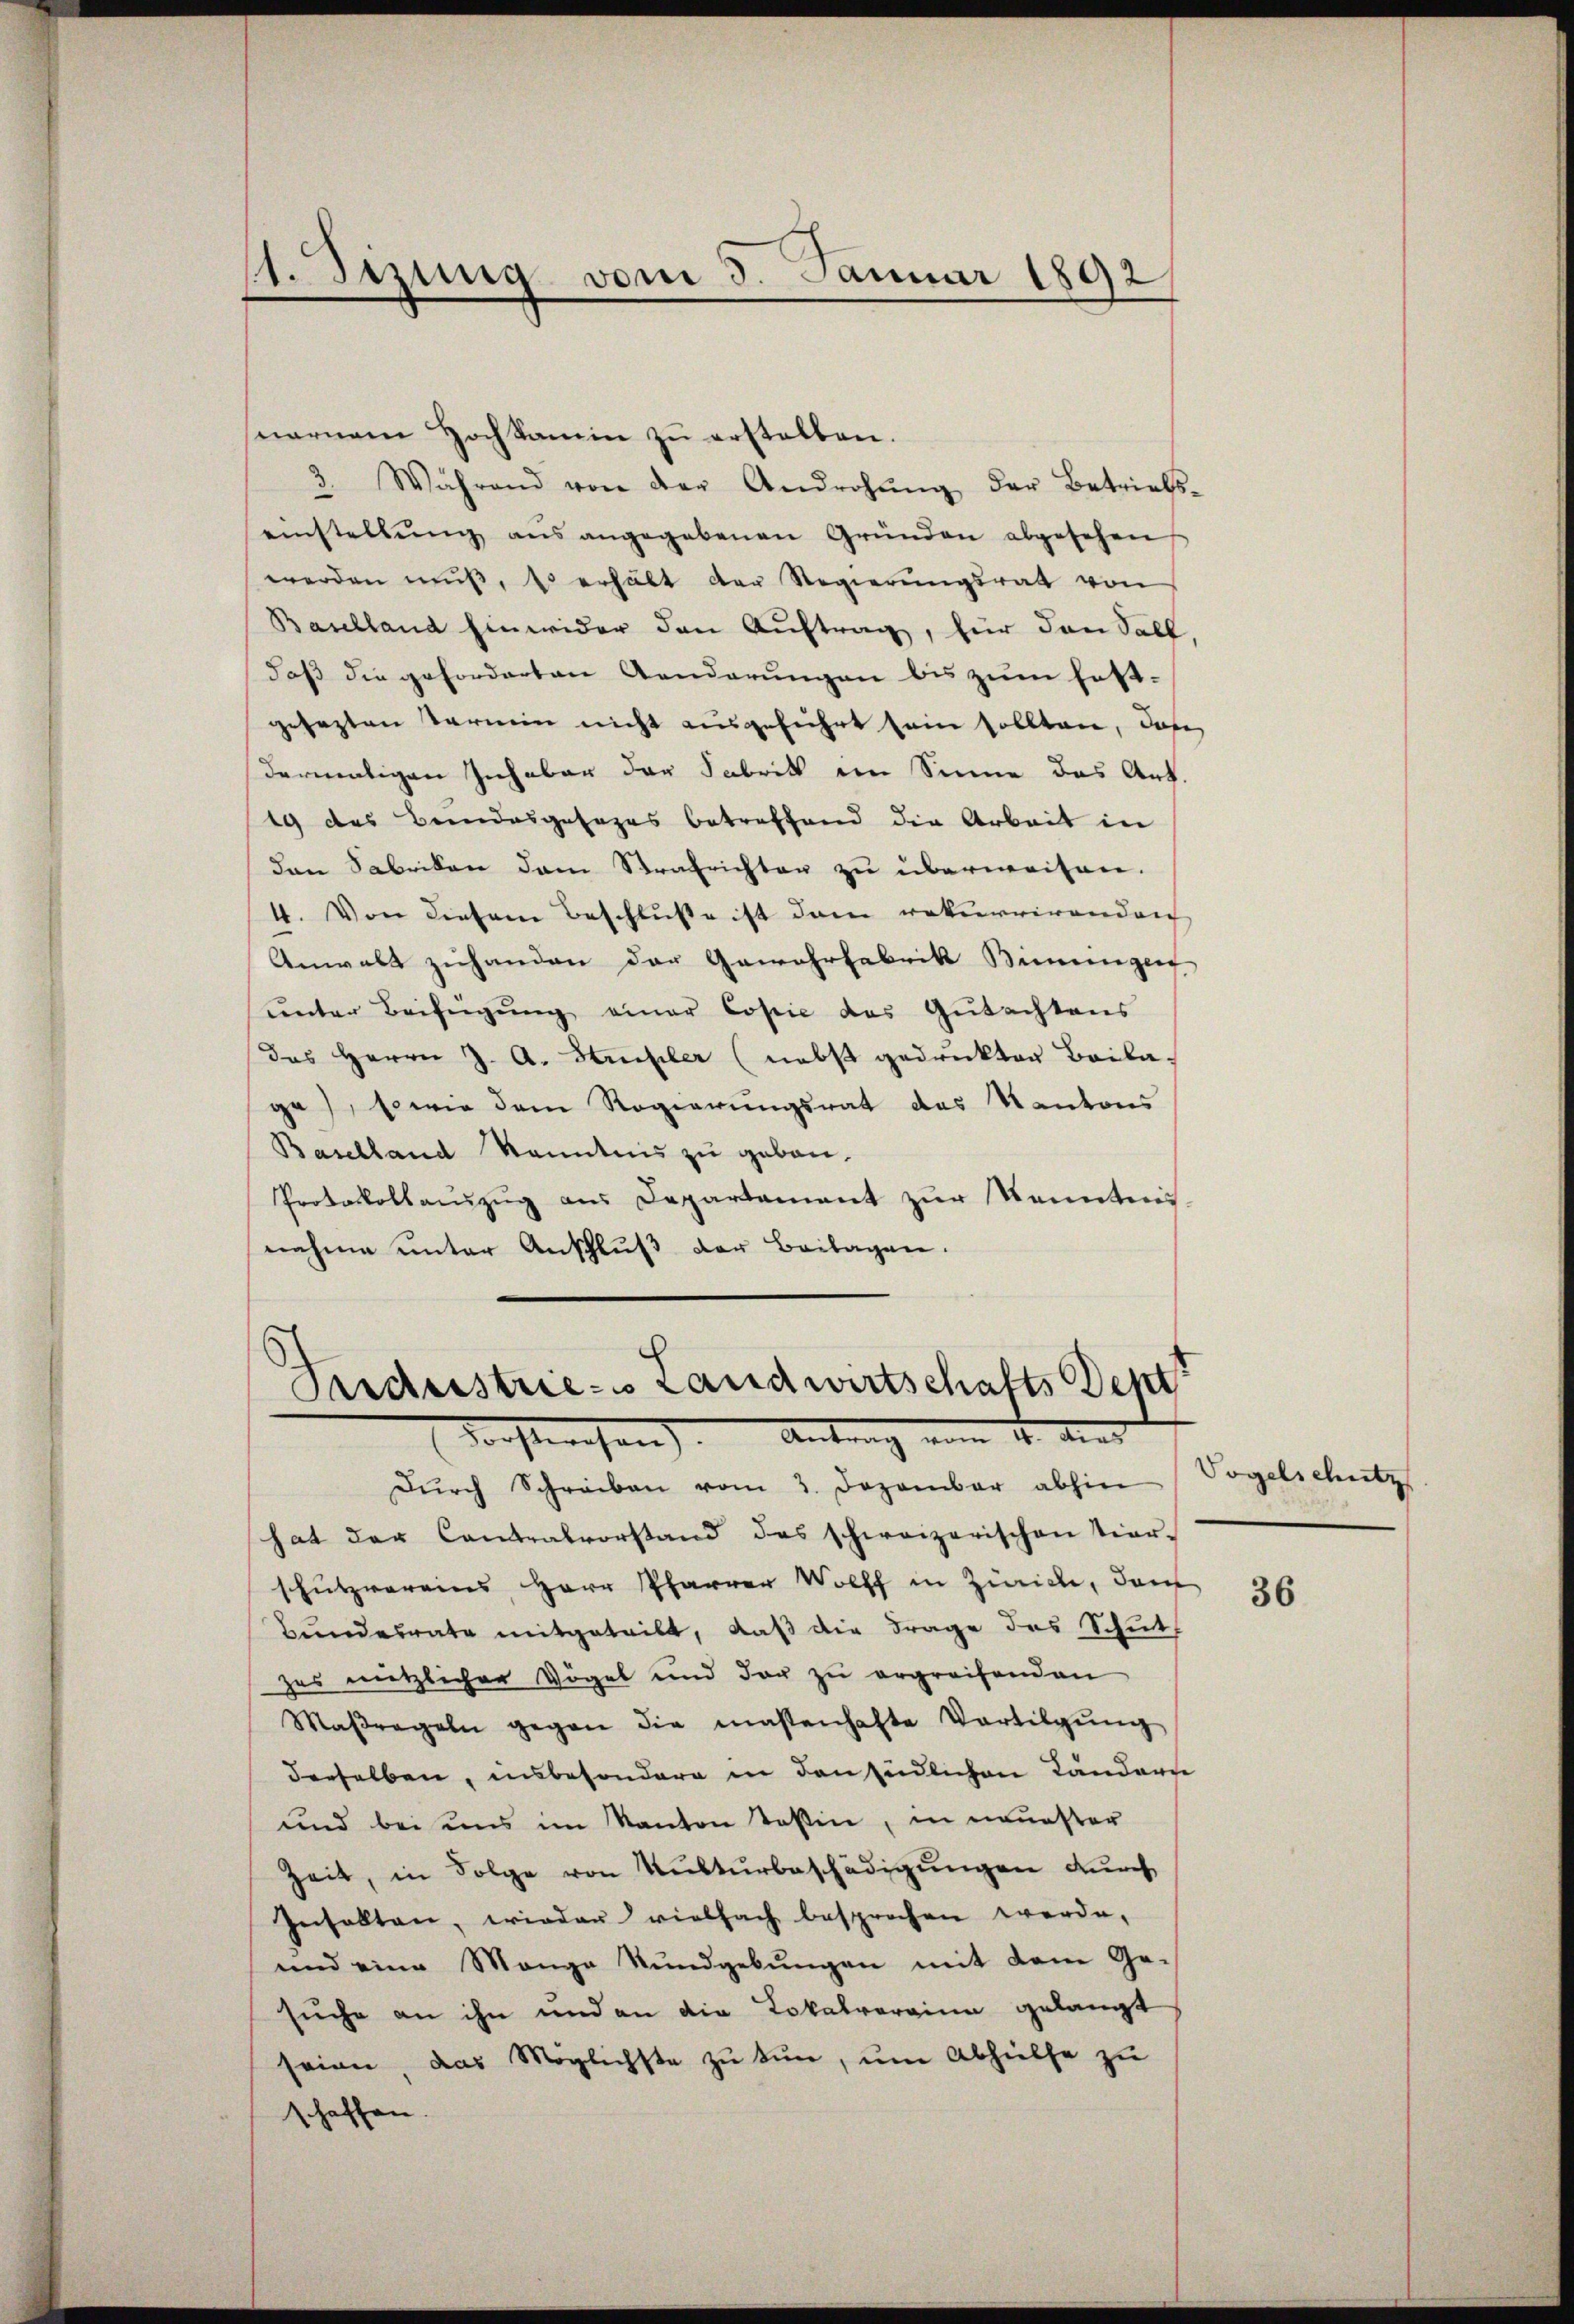
1. Sizung vom 5. Januar 1892

nernem Hochkamin zu erstellen.
3. Während von der Androhŭng der Betriebs-
einstellŭng ans angegebenen Gründen abgesehen
werden mŭβ, Es erhält der Regierŭngsrat von
Baselland hinwider den Auftrag, für den Soll
daß die geforderten Aenderungen bis zum festgesezten Termin nicht ausgeführt sein sollten, daß
dermatigen Inhaber der Fabrik im Sinne das Art.
19 des Bandesgesages betreffend die Arbeit in
den Sabriken dem Strafrichten zu überweisen.
4. Von diesem Beschluße ist dem rekurrirenden
Anwalt zuhanden der Gewehrfabrik Binnengen
unter Beifügung einer Copie das Gutachtens
das Herrn J. A. Stuckler (nebst gedrukten Baiba,
ge), sowie dem Regierungsrat das Kantons
Baselland Kenntnis zu geben.
Protokollanzŭg aŭs Departement zŭr Kenntnis.
nahme unter Anschluß der Beilagen.

Perdestrie- Landwirtschafts Dep
darsteresen. Antrag von 4. dies

Dŭrch Schreiben vom 3. Dezember abhin
hat der Contralvorstand das schweizerischen Tier-
schutzvereins Herr Pfarrer Wolff in Zürich, dam
Bundesrate mitgeteilt, daß die Frage des Schut
zes nützlicher Vögel und der zu ergreifenden
Maβregeln gegen die massenhafte Vertilgŭng
derselben, insbesondere in den Endlichen Ländern
und bei uns im Kanton Teßin, in neuester
Zeit, in Folge von Kulturbeschädigungen durch
Inhallten, wieder vielfach besprochen werde.
und eine Mange Rundgebungen mit dem Ge-
suche an ihn und an die Lokalvorrinn gelangt
seien, das Möglichste zu tun, um Abhilfe zu
schaffen.

Vogelschutz

36